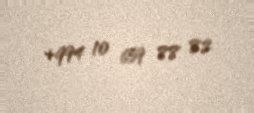
+994 10 659 88 82